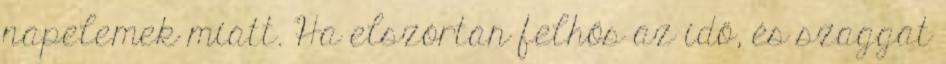
napelemek miatt. Ha elszórtan felhős az idő, és szaggat